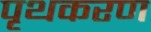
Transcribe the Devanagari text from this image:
पृथकरण